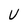
Character: U